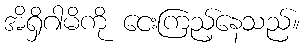
အိရှိဂါမိကို ငေးကြည့်နေသည်။